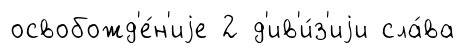
освобожд'е́н'иjе 2 д'ив'и́з'иjи сла́ва